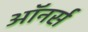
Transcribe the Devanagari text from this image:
अाॅनर्स